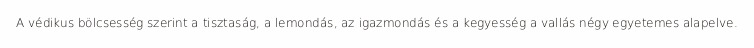
A védikus bölcsesség szerint a tisztaság, a lemondás, az igazmondás és a kegyesség a vallás négy egyetemes alapelve.